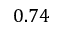
0 . 7 4